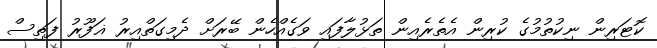
ކޮޓަރިން ނިކުތުމުގެ ކުރިން އެތެރެއިން ތަޅުލާފައި ވަގެއްހެން ބޭރަށް ދެމިގަތްއިރު ޣަފޫރު ފަތިސް